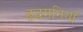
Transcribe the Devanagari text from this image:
हृद्धमनियाँ